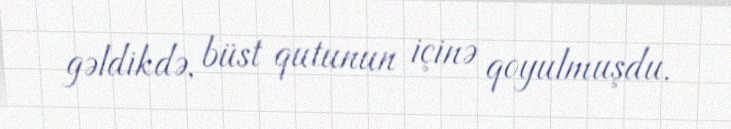
gəldikdə, büst qutunun içinə qoyulmuşdu.